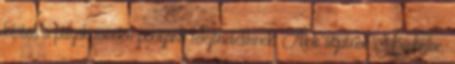
kilátás a pályák minden pontjáról felejthetetlenek. Akik átjutnak Méribelbe,